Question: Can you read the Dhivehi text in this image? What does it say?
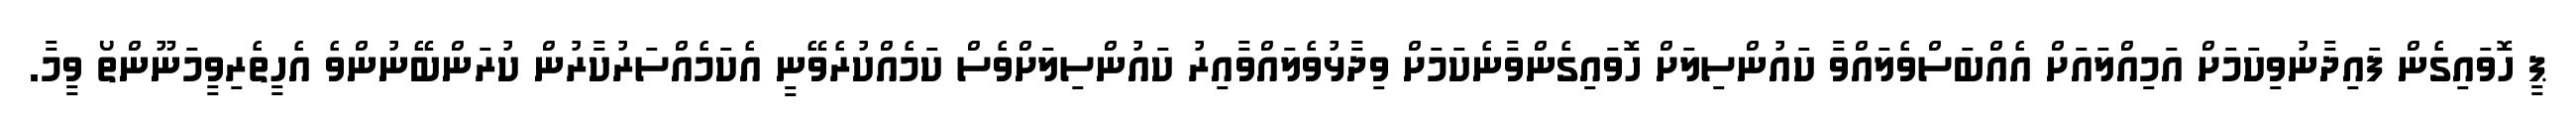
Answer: ޕީ ހޮވައިގެން ފައިދާނުވިކަމަށް އަމިއްލައަށް އެއްބަސްވެލައްވާ ކައުންސިލަށް ހޮވައިގެންވާނެކަމަށް ވިދާޅުވެލައްވާއިރު ކައުންސިލަށްވެސް ކަމެއްކުރެވޭނީ އެކަމެއްސަރުކާރުން ކުރަންބޭނުންވެ އެހީތެރިވީމަނޫންތޯ ވީމާ.